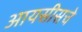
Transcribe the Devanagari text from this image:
आयसीसचे